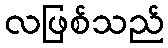
လဖြစ်သည်